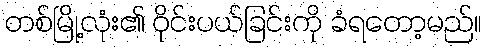
တစ်မြို့လုံး၏ ဝိုင်းပယ်ခြင်းကို ခံရတော့မည်။